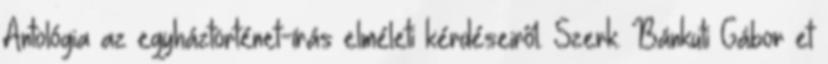
Antológia az egyháztörténet-írás elméleti kérdéseiről. Szerk. Bánkuti Gábor et